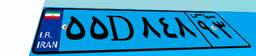
۵۵D۸۴۸۹۳